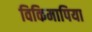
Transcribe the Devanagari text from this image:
विकिमापिया